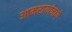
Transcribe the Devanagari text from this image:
आमरायांमध्ये